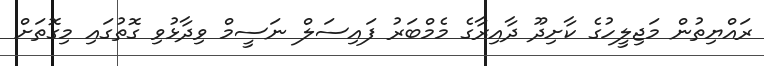
ރައްޔިތުން މަޖިލީހުގެ ކާށިދޫ ދާއިރާގެ މެމްބަރު ފައިސަލް ނަސީމް ވިދާޅުވި ގޮތުގައި މިގޮތަށް